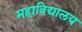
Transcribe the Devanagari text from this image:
महाविद्यालय